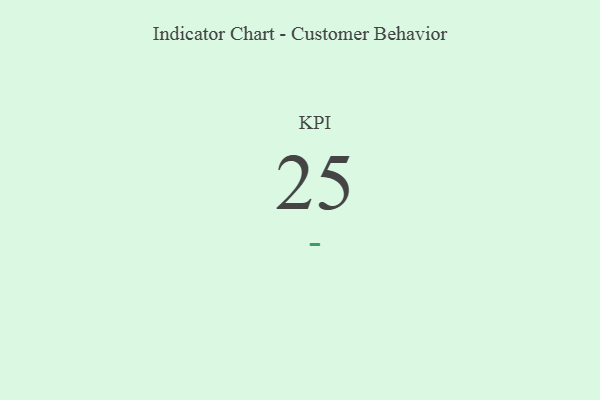
{"axis": {"x": "KPI", "y": "Value"}, "legend": [""], "data": [{"x": "KPI", "y": 25, "type": ""}]}